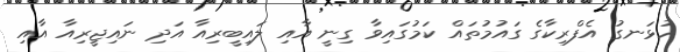
ހުޅަނގު އެފްރިކާގެ ގައުމުތައް ކަމުގައިވާ ގިނީ އާއި ލައިބީރިއާ އަދި ނައިޖީރިއާ އާއި